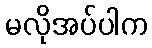
မလိုအပ်ပါက